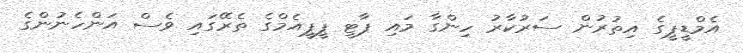
އެމްޑީޕީގެ އިތުރުން ސަރުކާރު ހިންގާ މައި ޕާޓީ ޕީޕީއެމްގެ ތެރޭގައި ވެސް އަންހެނުންގެ